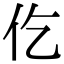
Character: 仡